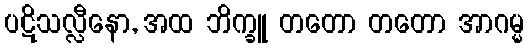
ပဋိသလ္လီနော, အထ ဘိက္ခူ တတော တတော အာဂမ္မ